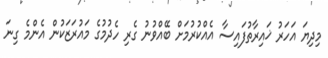
މިދިޔަ އަހަރު ޚައިރާތުފައިސާ އެއްކުރުމަށް ބޭއްވުނު ގެރި ހެދުމުގެ މައުރަޒަކުން އެންމެ ގިނަ